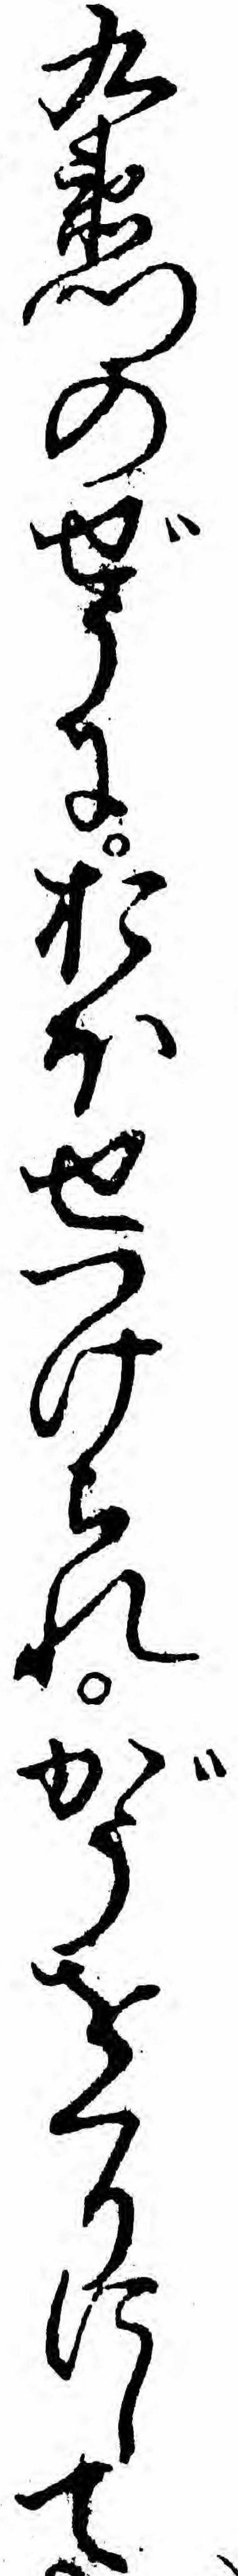
九衛門のぜうにおほせつけられがうをくりにして